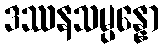
ဒဿနသမ္ပန္နော